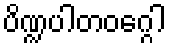
ပိဏ္ဍပါတဝဂ္ဂေါ